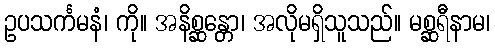
ဥပသင်္ကမနံ၊ ကို။ အနိစ္ဆန္တော၊ အလိုမရှိသူသည်။ မစ္ဆရီနာမ၊